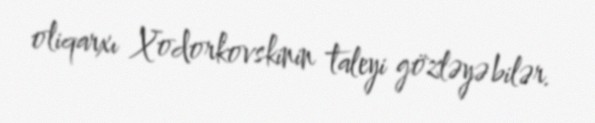
oliqarxı Xodorkovskinin taleyi gözləyə bilər.